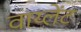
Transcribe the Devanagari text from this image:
वाय्लेंट